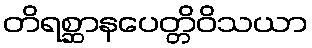
တိရစ္ဆာနပေတ္တိဝိသယာ